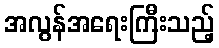
အလွန်အရေးကြီးသည့်